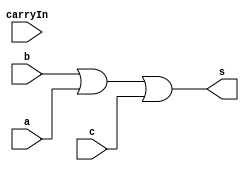

 // ------------------------- 
// Exemplo0021 - FULL ADDER 
// Nome: Gustavo Jota Resende
// ------------------------- 
// ------------------------- 
// full adder 
// ------------------------- 
module fullAdder (output [5:0] s, 
input [5:0] a, 
input [5:0] b, 
input [5:0] c,
input carryIn); 
assign s = ((b | a) | (c) )  ;
endmodule // fullAdder 

module f4 (output [5:0] s, 
input [5:0] a, 
input [5:0] b);
assign s1 = (a | b);
endmodule // f4 

module f3 (output [5:0] s2, 
input [5:0] a, 
input [5:0] b); 
 assign s2 = (a & b); 
	endmodule // f3

module f5 (output [5:0] s2, 
input [5:0] a, 
input [5:0] b); 
 assign s3 = (a ^ b); 
endmodule // f5
	
module test_fullAdder;  


// ------------------------- definir dados 
reg [5:0] x; 
reg [5:0] y; 
wire [5:0] z; 
wire [5:0] k; 
wire [5:0] w;
wire [5:0] t;
wire carry; 
wire [5:0] soma; 
f4 modulo (z, x, y); 
f3 modulo2 (k, x, y); 
f5 modulo3 (w, x, y);
fullAdder modulo4 (t,soma, x , y, carry);
 


// ------------------------- parte principal 
initial begin 
$display("Exemplo0021 - Gustavo Jota Resende - 427413"); 
$display("Test ALU's full adder"); 
// projetar testes do somador complete

x = 6'b110110; y = 6'b010101; 
$monitor("%b (& ou |) %b com chave %b = %b", y, x, soma, t, carry );  
end 
endmodule // test_fullAdder 

//Teste
//010101 (& ou |) 110110 com chave zzzzzz = 11x111z